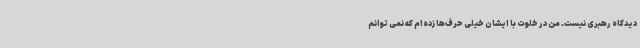
دیدگاه رهبری نیست. من در خلوت با ایشان خیلی حرف‌ها زده‌ام که نمی توانم